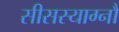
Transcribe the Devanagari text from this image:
सीसस्याग्नौ